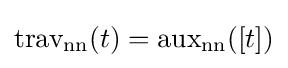
{\text{trav}}_{\text{nn}}(t)={\text{aux}}_{\text{nn}}([t])